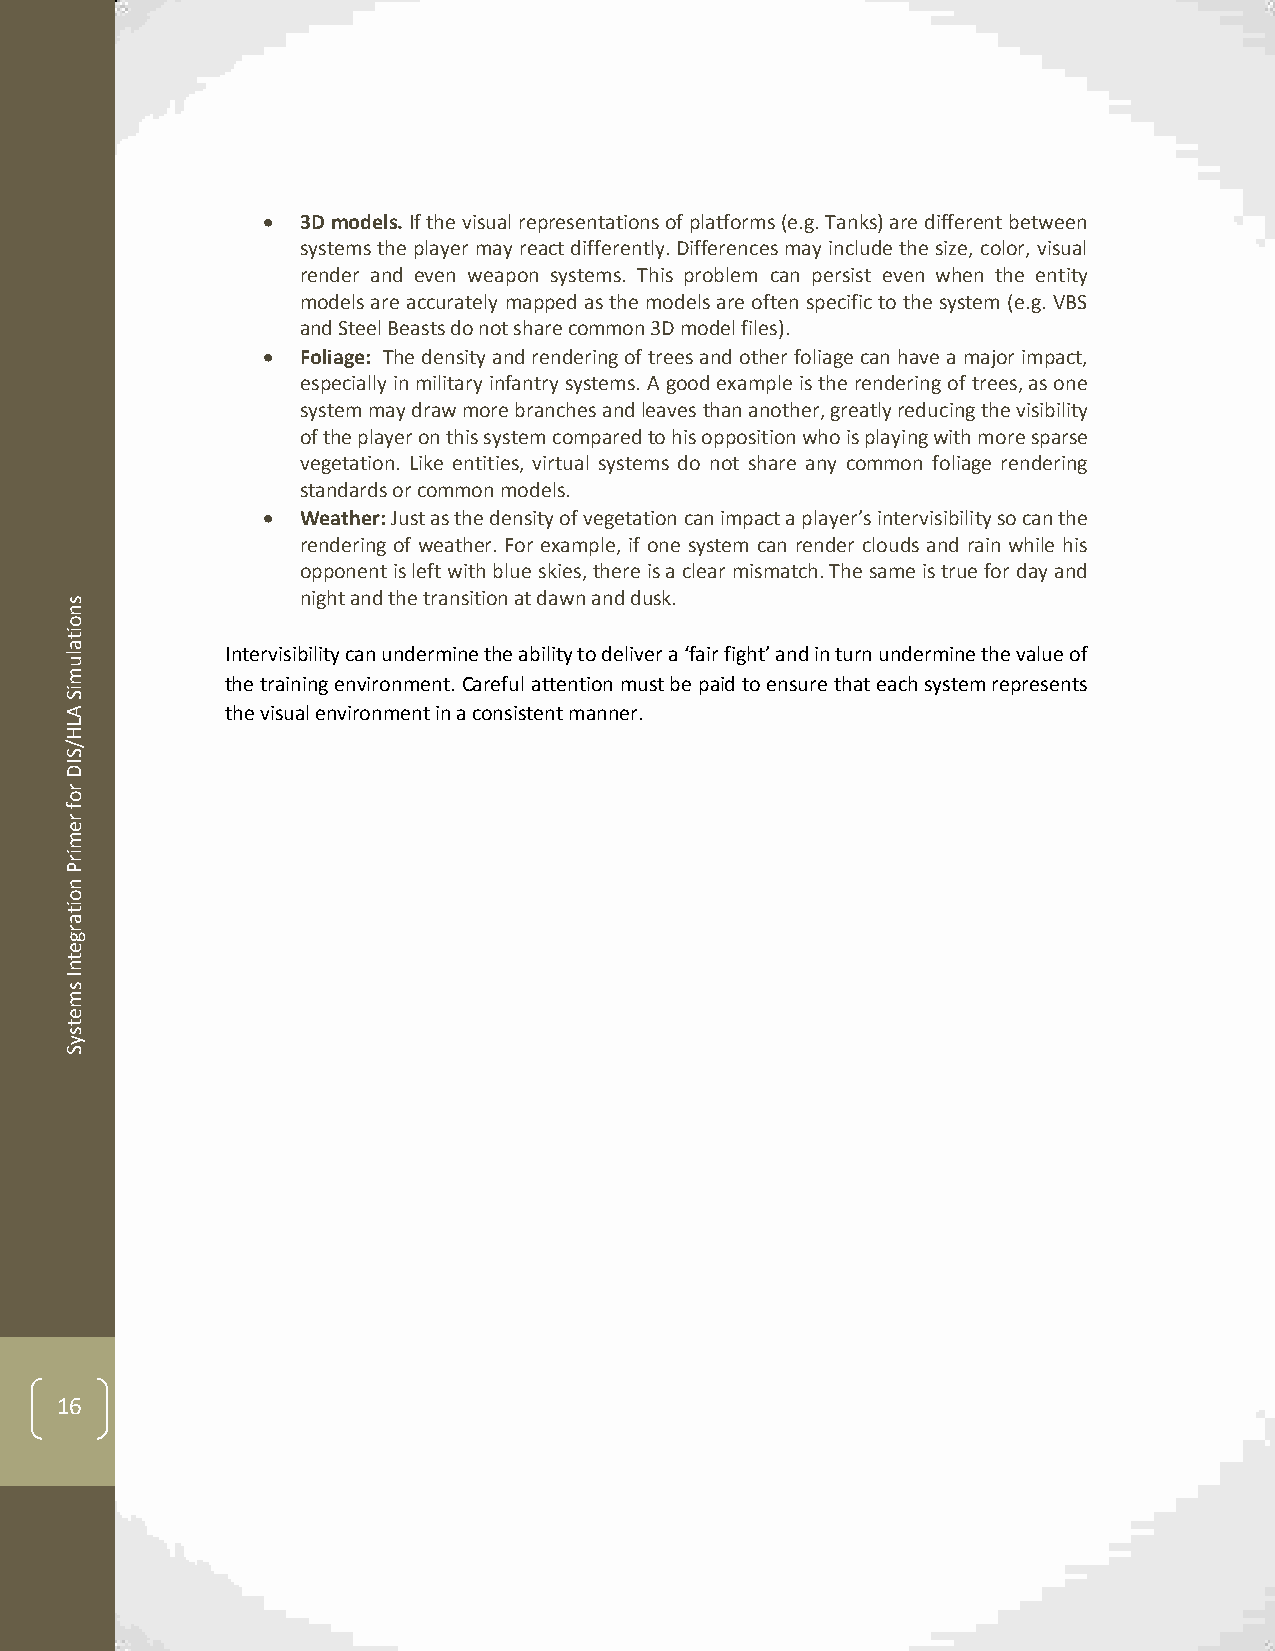
  3D models. If the visual representations of platforms (e.g. Tanks) are different between
 systems the player may react differently. Differences may include the size, color, visual
 render and even weapon systems. This problem can persist even when the entity
 models are accurately mapped as the models are often specific to the system (e.g. VBS
 and Steel Beasts do not share common 3D model files).
   Foliage: The density and rendering of trees and other foliage can have a major impact,
 especially in military infantry systems. A good example is the rendering of trees, as one
 system may draw more branches and leaves than another, greatly reducing the visibility
 of the player on this system compared to his opposition who is playing with more sparse
 vegetation. Like entities, virtual systems do not share any common foliage rendering
 standards or common models.
   Weather: Just as the density of vegetation can impact a player’s intervisibility so can the
 rendering of weather. For example, if one system can render clouds and rain while his
 opponent is left with blue skies, there is a clear mismatch. The same is true for day and
 s
 night and the transition at dawn and dusk.
 n
 o
 it
 a lu       Intervisibility can undermine the ability to deliver a ‘fair fight’ and in turn undermine the value of
 m
 the training environment. Careful attention must be paid to ensure that each system represents
 iS
 A          the visual environment in a consistent manner.
 L
 H
 /
 S
 ID
 r
 o
 f
 r
 e
 m
 ir
 P
 n
 o
 it
 a
 r
 g
 e
 t
 n
 I
 s
 m
 e
 t
 s
 y
 S
 16